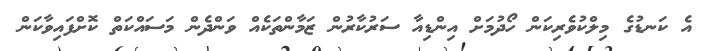
އެ ކަނޑުގެ މިލްކުވެރިކަން ހޯދުމަށް އިންޑިއާ ސަރުކާރުން ޒަމާންތަކެއް ވަންދެން މަސައްކަތް ކޮށްފައިވާކަން